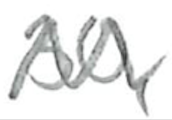
Text: 30,
Cross-out: zig-zag
Writing tool: pencil